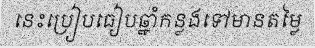
នេះប្រៀបធៀបឆ្នាំកន្លងទៅមានតម្លៃ